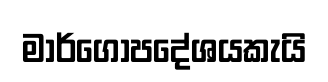
මාර්ගෝපදේශයකැයි